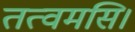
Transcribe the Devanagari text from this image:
तत्वमसि।